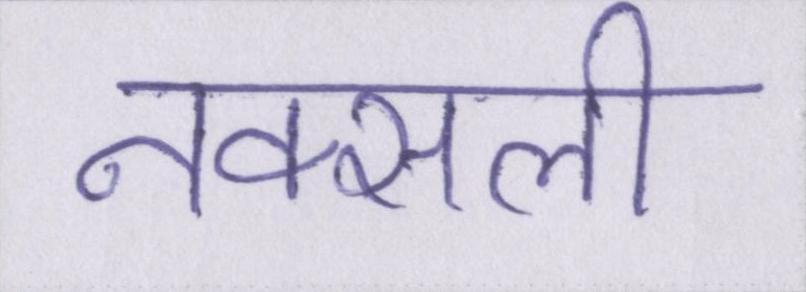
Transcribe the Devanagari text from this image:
नक्सली